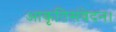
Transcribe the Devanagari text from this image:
आकृतिसंवेदन।